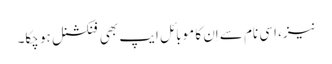
نیز، اِسی نام سے اِن کا موبائل ایپ بھی فنکشنل ہو چکا۔